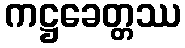
ကဋ္ဌခေတ္တဿ